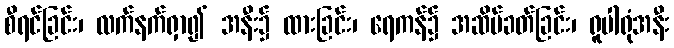
စီရင်ခြင်း၊ လက်နက်ရှာ၍ အနီး၌ ထားခြင်း၊ ရေကန်၌ အဆိပ်ခတ်ခြင်း၊ ရူပါရုံအနီး